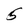
Character: 5